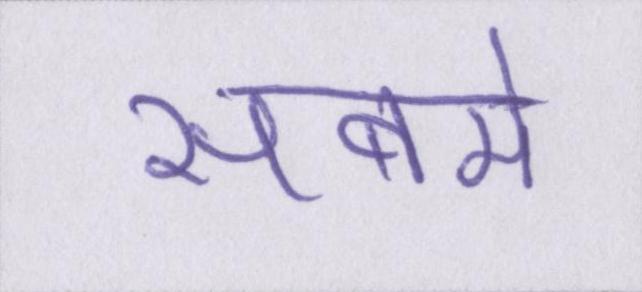
सबमे